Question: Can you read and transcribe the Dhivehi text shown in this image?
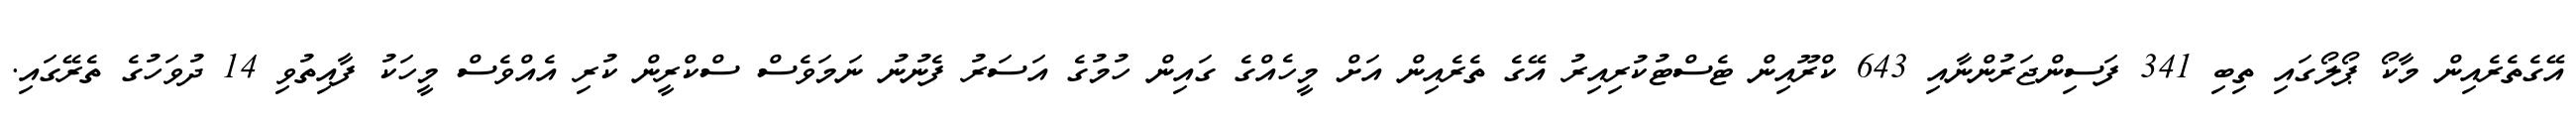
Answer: އޭގެތެރެއިން މާކޯ ޕޯލޯގައި ތިބި 341 ފަސިންޖަރުންނާއި 643 ކްރޫއިން ޓެސްޓުކުރިއިރު އޭގެ ތެރެއިން އަށް މީހެއްގެ ގައިން ހުމުގެ އަސަރު ފެނުނު ނަމަވެސް ސްކްރީން ކުރި އެއްވެސް މީހަކު ފާއިތުވި 14 ދުވަހުގެ ތެރޭގައި.